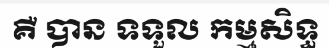
គឺ បាន ទទួល កម្មសិទ្ធ